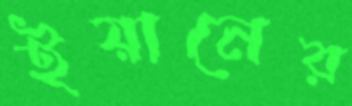
ইয়ানের